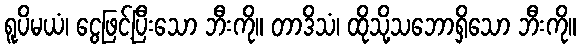
ရူပိမယံ၊ ငွေဖြင့်ပြီးသော ဘီးကို။ တာဒိသံ၊ ထိုသို့သဘောရှိသော ဘီးကို။